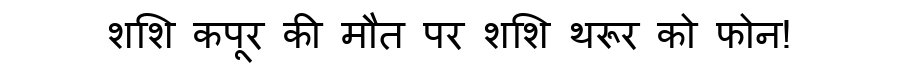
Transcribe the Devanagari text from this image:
शशि कपूर की मौत पर शशि थरूर को फोन!